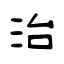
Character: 治